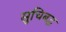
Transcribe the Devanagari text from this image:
सुचिबद्ध